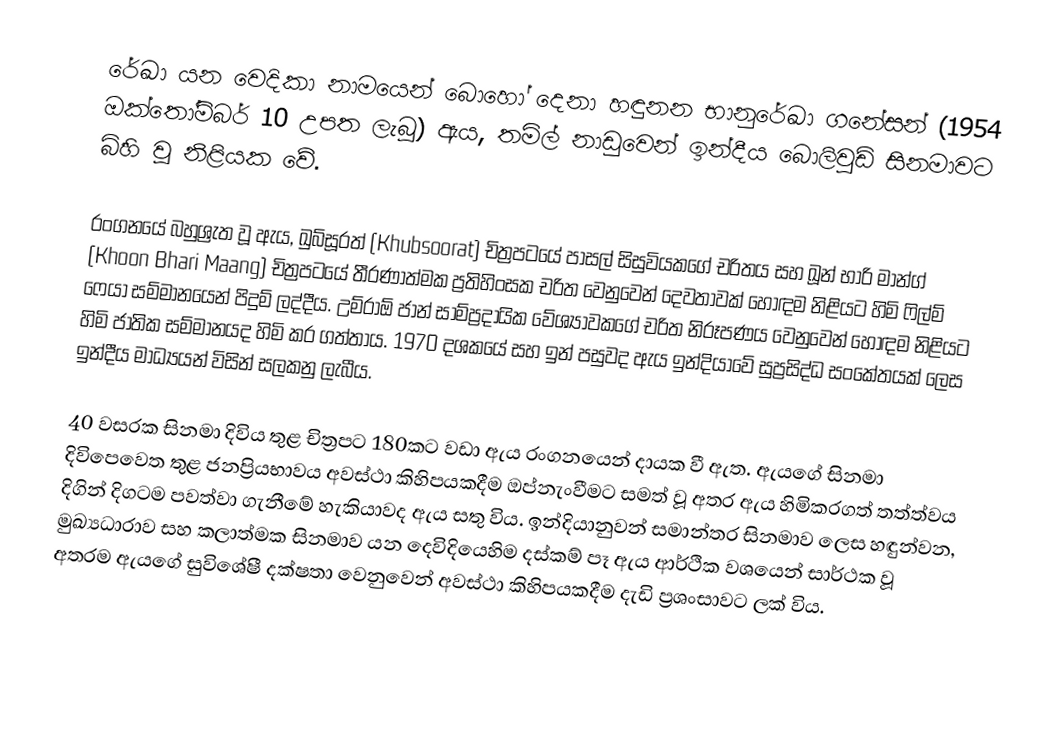
රේඛා යන වෙදිකා නාමයෙන් බොහෝ දෙනා හඳුනන භානුරේඛා ගනේසන් (1954 ඔක්තෝම්බර් 10 උපත ලැබූ) ඇය, තමිල් නාඩුවෙන් ඉන්දීය බොලිවුඩ් සිනමාවට බිහි වූ නිළියක වේ.

රංගනයේ බහුශ්‍රැත වූ ඇය, ඛුබ්සූරත් (Khubsoorat) චිත්‍රපටයේ පාසල් සිසුවියකගේ චරිතය සහ ඛූන් භාරි මාන්ග් (Khoon Bhari Maang) චිත්‍රපටයේ තීරණාත්මක ප්‍රතිහිංසක චරිත වෙනුවෙන් දෙවතාවක් හොඳම නිළියට හිමි ෆිල්ම් ෆෙයා සම්මානයෙන් පිදුම් ලද්දීය. උම්රාඕ ජාන් සාම්ප්‍රදායික වේශ්‍යාවකගේ චරිත නිරූපණය වෙනුවෙන් හොඳම නිළියට හිමි ජාතික සම්මානයද හිමි කර ගත්තාය. 1970 දශකයේ සහ ඉන් පසුවද ඇය ඉන්දියාවේ සුප්‍රසිද්ධ සංකේතයක් ලෙස ඉන්දීය මාධ්‍යයන් විසින් සලකනු ලැබීය.

40 වසරක සිනමා දිවිය තුළ චිත්‍රපට 180කට වඩා ඇය රංගනයෙන් දායක වී ඇත. ඇයගේ සිනමා දිවිපෙවෙත තුළ ජනප්‍රියභාවය අවස්ථා කිහිපයකදීම ඔප්නැංවීමට සමත් වූ අතර ඇය හිමිකරගත් තත්ත්වය දිගින් දිගටම පවත්වා ගැනීමේ හැකියාවද ඇය සතු විය. ඉන්දියානුවන් සමාන්තර සිනමාව ලෙස හඳුන්වන, මුඛ්‍යධාරාව සහ කලාත්මක සිනමාව යන දෙවිදියෙහිම දස්කම් පෑ ඇය ආර්ථික වශයෙන් සාර්ථක වූ අතරම ඇයගේ සුවිශේෂී දක්ෂතා වෙනුවෙන් අවස්ථා කිහිපයකදීම දැඩි ප්‍රශංසාවට ලක් විය.